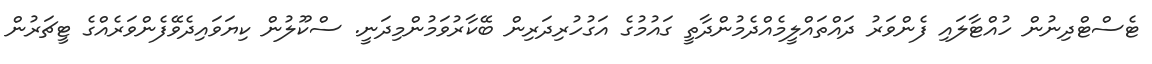
ޓެސްޓްދިނުން ހުއްޓާލައި ފެންވަރު ދައްތައްލީމެއްދެމުންދާތީ ގައުމުގެ އަގުހުރިދަރިން ބޭކާރުވަމުންމިދަނީ. ސްކޫލުން ކިޔަވައިދެވޭފެންވަރެއްގެ ޓީޗަރުން